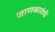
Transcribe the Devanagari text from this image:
जाणकारांची